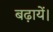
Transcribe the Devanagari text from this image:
बढ़ायें।